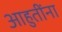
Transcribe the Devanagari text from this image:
आहुतींना